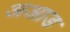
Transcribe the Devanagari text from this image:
अआड